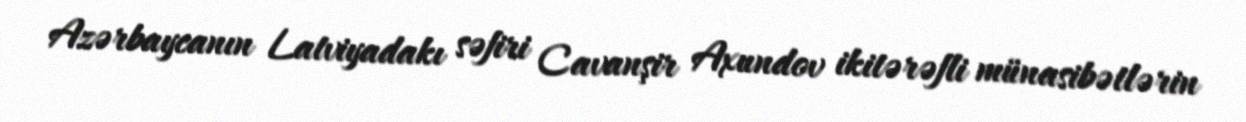
Azərbaycanın Latviyadakı səfiri Cavanşir Axundov ikitərəfli münasibətlərin